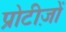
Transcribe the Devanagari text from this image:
प्रोटीज़ों